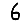
Digit: 6